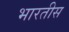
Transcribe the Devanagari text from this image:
भारतीस